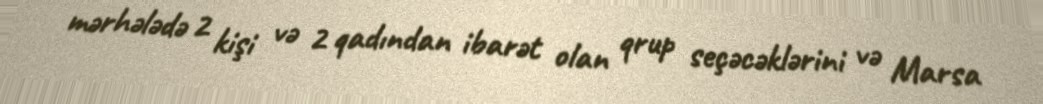
mərhələdə 2 kişi və 2 qadından ibarət olan qrup seçəcəklərini və Marsa